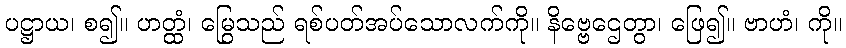
ပဋ္ဌာယ၊ စ၍။ ဟတ္ထံ၊ မြွေသည် ရစ်ပတ်အပ်သောလက်ကို။ နိဗ္ဗေဌေတွာ၊ ဖြေ၍။ ဗာဟံ၊ ကို။